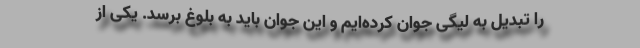
را تبدیل به لیگی جوان کرده‌ایم و این جوان باید به بلوغ برسد. یکی از